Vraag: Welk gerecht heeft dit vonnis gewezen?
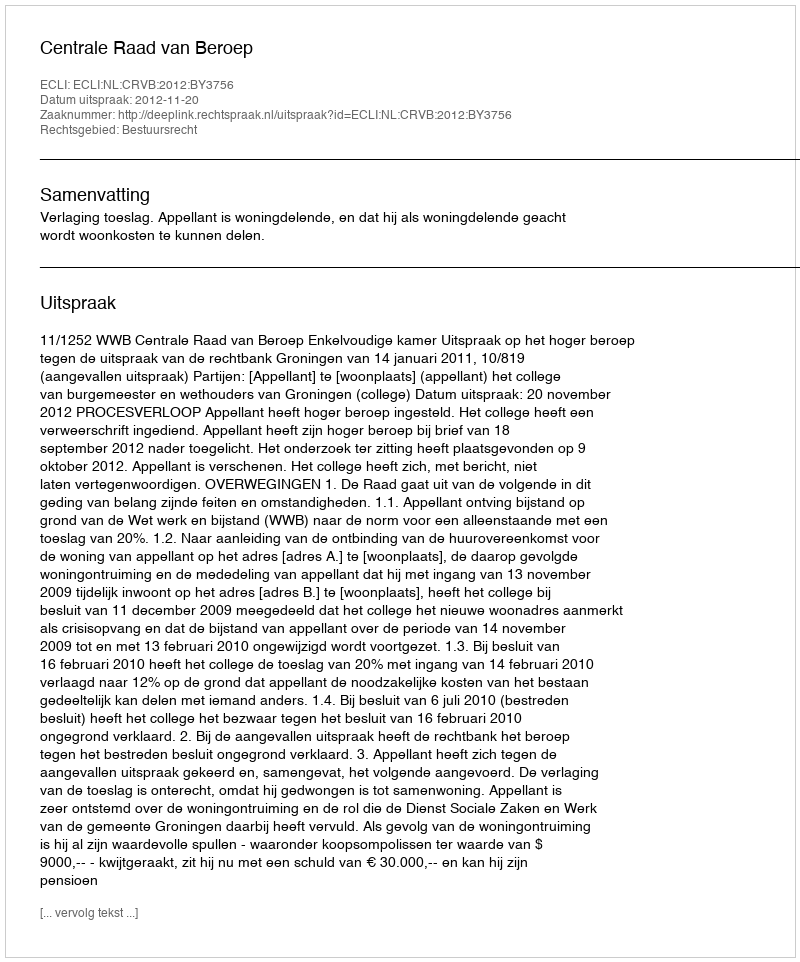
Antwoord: Centrale Raad van Beroep